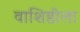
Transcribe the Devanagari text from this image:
वाशिष्ठीला